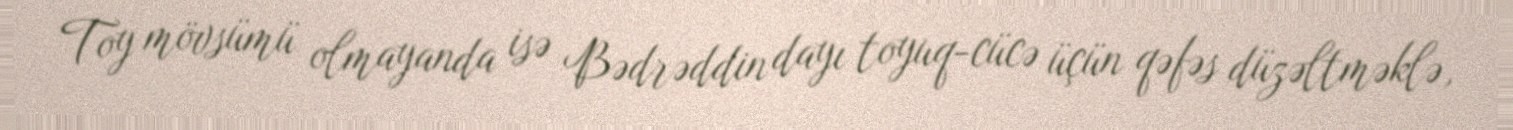
Toy mövsümü olmayanda isə Bədrəddin dayı toyuq-cücə üçün qəfəs düzəltməklə,